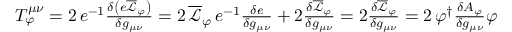
\begin{array} { r } { T _ { \varphi } ^ { \mu \nu } = 2 \, e ^ { - 1 } \frac { \delta \left( e \overline { { \mathcal { L } } } _ { \varphi } \right) } { \delta g _ { \mu \nu } } = 2 \, \overline { { \mathcal { L } } } _ { \varphi } \, e ^ { - 1 } \frac { \delta e } { \delta g _ { \mu \nu } } + 2 \frac { \delta \overline { { \mathcal { L } } } _ { \varphi } } { \delta g _ { \mu \nu } } = 2 \frac { \delta \overline { { \mathcal { L } } } _ { \varphi } } { \delta g _ { \mu \nu } } = 2 \, \varphi ^ { \dag } \frac { \delta A _ { \varphi } } { \delta g _ { \mu \nu } } \varphi } \end{array}